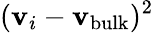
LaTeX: ({\mathbf v}_{i}-{\mathbf v_{\mathrm{bulk}}})^{2}